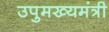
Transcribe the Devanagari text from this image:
उपुमख्यमंत्री